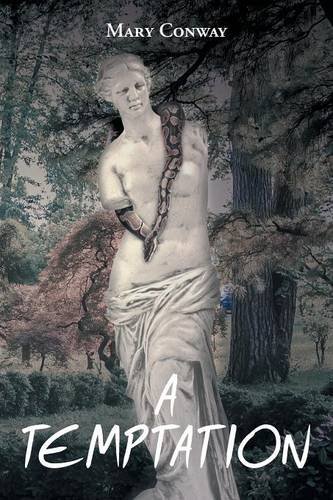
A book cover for A Temptation; Mary E Buras-Conway; Romance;